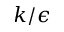
k / \epsilon